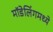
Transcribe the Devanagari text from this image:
मॉडेलिंगमध्ये